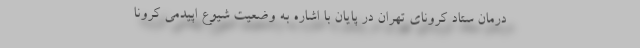
درمان ستاد کرونای تهران در پایان با اشاره به وضعیت شیوع اپیدمی کرونا